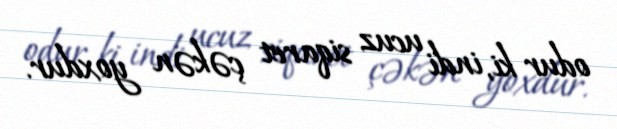
odur ki, indi ucuz siqaret çəkən yoxdur.